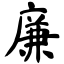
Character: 廉